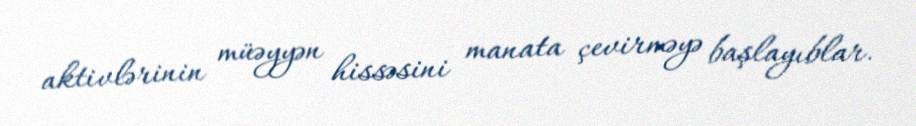
aktivlərinin müəyyən hissəsini manata çevirməyə başlayıblar.